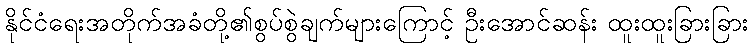
နိုင်ငံရေးအတိုက်အခံတို့၏စွပ်စွဲချက်များကြောင့် ဦးအောင်ဆန်း ထူးထူးခြားခြား